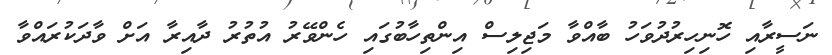
ނަސީރާއި ހޮނިހިރުދުވަހު ބާއްވާ މަޖިލިސް އިންތިހާބުގައި ހެންވޭރު އުތުރު ދާއިރާ އަށް ވާދަކުރައްވާ